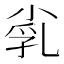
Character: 𡭾